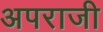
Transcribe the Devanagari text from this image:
अपराजी